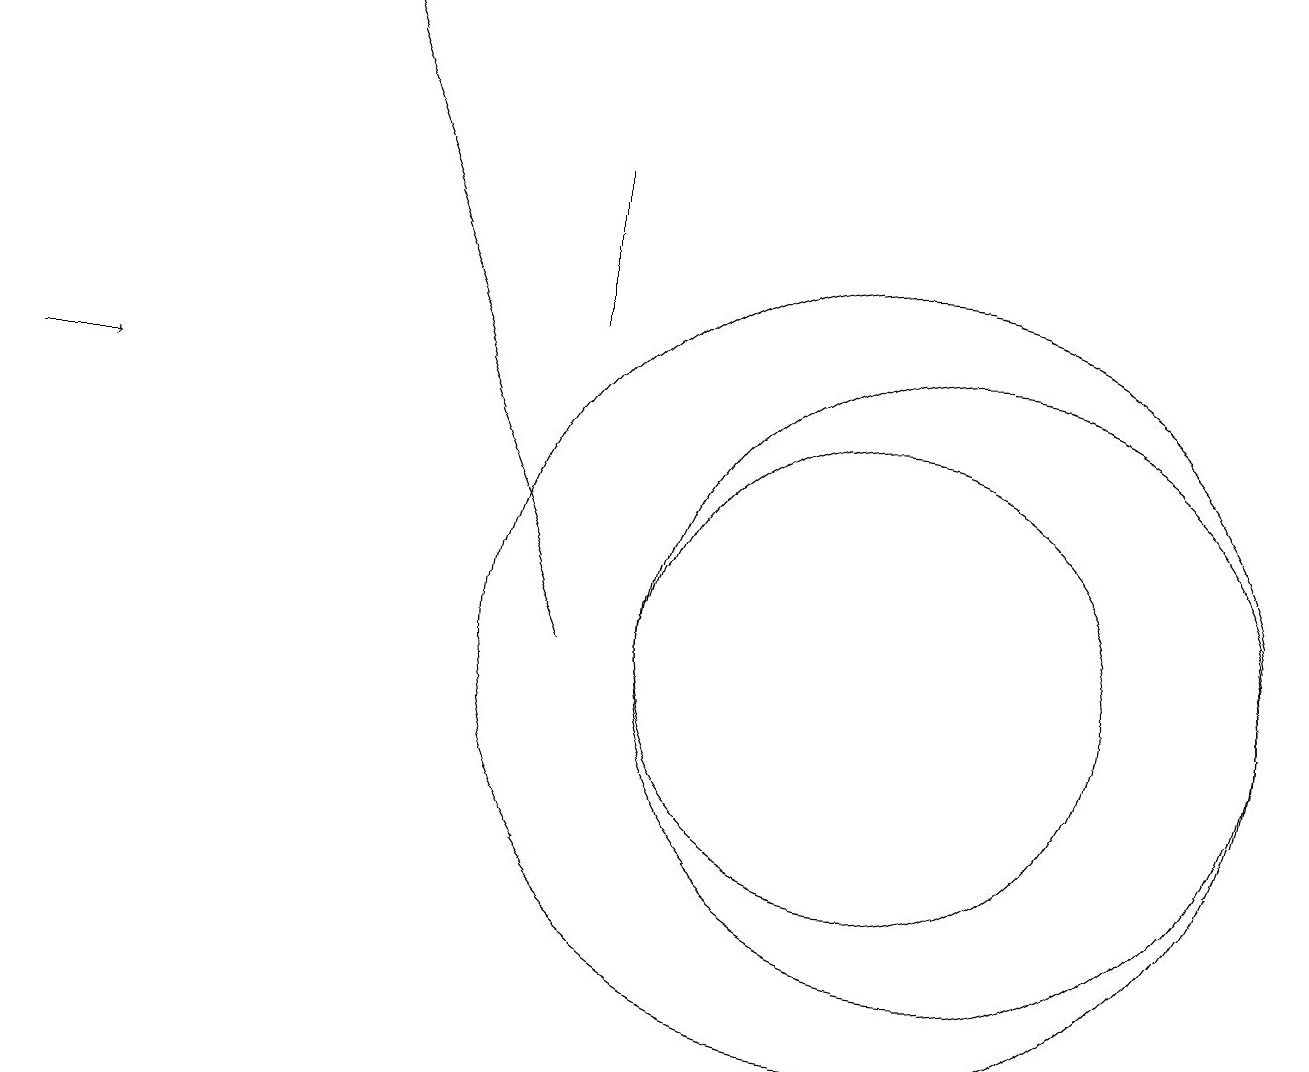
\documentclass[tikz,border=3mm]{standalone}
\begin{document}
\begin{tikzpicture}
\draw (12,10) circle (4);
\draw (11,10) circle (5);
\draw (11,10) circle (3);
\draw[->] (7,10) -- (4,18);
\draw (7,16) rectangle (7,14);
\draw[->] (0,13) -- (1,13);
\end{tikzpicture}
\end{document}